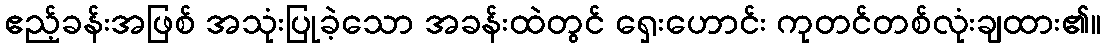
ဧည့်ခန်းအဖြစ် အသုံးပြုခဲ့သော အခန်းထဲတွင် ရှေးဟောင်း ကုတင်တစ်လုံးချထား၏။